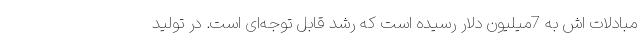
مبادلات اش به 7میلیون دلار رسیده است که رشد قابل توجه‌ای است. در تولید